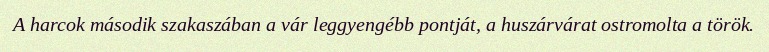
A harcok második szakaszában a vár leggyengébb pontját, a huszárvárat ostromolta a török.